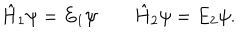
\hat { H } _ { 1 } \psi = E _ { 1 } \psi \qquad \hat { H } _ { 2 } \psi = E _ { 2 } \psi .